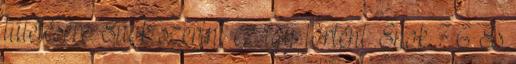
túlélésére. Énok szerint ez így történt: Énok 7:6 És